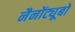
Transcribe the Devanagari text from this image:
नैनोंट्यूबों